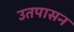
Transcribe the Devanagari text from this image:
उतपासन